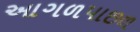
આગળપાછળ